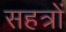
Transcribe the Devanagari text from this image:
सहत्रों